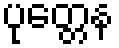
ပုတ္တေန